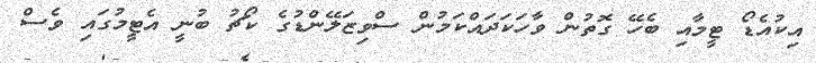
އިކުއެޑޯ ޓީމާއި ބެހޭ ގޮތުން ވާހަކަދައްކަމުން ސްވިޒަލޭންޑުގެ ކޯޗު ބުނީ އެޓީމުގައި ވެސް